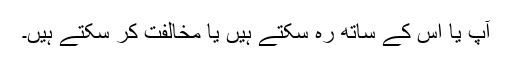
آپ یا اس کے ساتھ رہ سکتے ہیں یا مخالفت کر سکتے ہیں۔